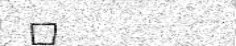
٣